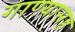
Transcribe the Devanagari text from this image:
गाण्यासह